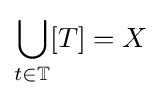
\bigcup _{t\in \mathbb {T} }[T]=X